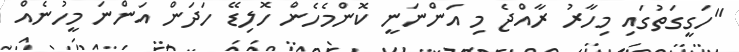
"ހަގީގަތުގައި މިހާރު ރާއްޖެ މި އަންނަނީ ކޮންމެހެން ހޮލިޑޭ ހަދަން އަންނަ މީހުނެއް